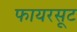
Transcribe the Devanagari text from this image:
फायरसूट